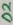
Text: D2